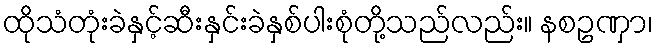
ထိုသံတုံးခဲနှင့်ဆီးနှင်းခဲနှစ်ပါးစုံတို့သည်လည်း။ နစဥဏှာ၊